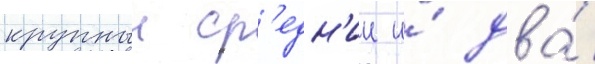
крупныи ср'едн'ии и́ два́